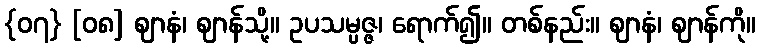
{၀၇} [၀၈] ဈာနံ၊ ဈာန်သို့။ ဥပသမ္ပဇ္ဇ၊ ရောက်၍။ တစ်နည်း။ ဈာနံ၊ ဈာန်ကို။